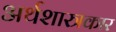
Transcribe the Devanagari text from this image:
अर्थशास्त्रकार